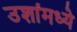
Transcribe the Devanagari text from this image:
उशांमध्ये